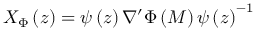
X _ { \Phi } \left( z \right) = \psi \left( z \right) \nabla ^ { \prime } \Phi \left( M \right) \psi \left( z \right) ^ { - 1 }